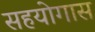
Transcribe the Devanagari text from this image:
सहयोगास